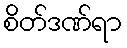
စိတ်ဒဏ်ရာ